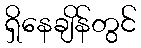
ရှိနေချိန်တွင်